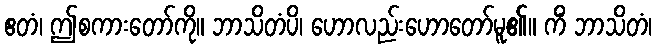
ဧတံ၊ ဤစကားတော်ကို။ ဘာသိတံပိ၊ ဟောလည်းဟောတော်မူ၏။ ကိံ ဘာသိတံ၊